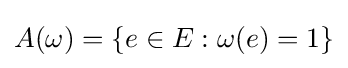
A(\omega )=\{e\in E:\omega (e)=1\}